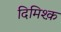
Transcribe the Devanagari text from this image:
दिमिश्क़